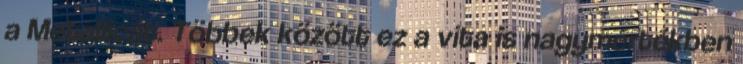
a Metallicát. Többek között ez a vita is nagymértékben